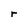
Character: r